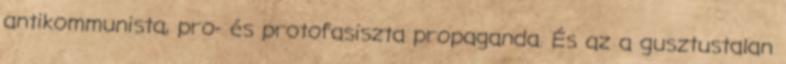
antikommunista, pro- és protofasiszta propaganda. És az a gusztustalan